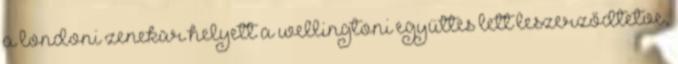
a londoni zenekar helyett a wellingtoni együttes lett leszerződtetve,